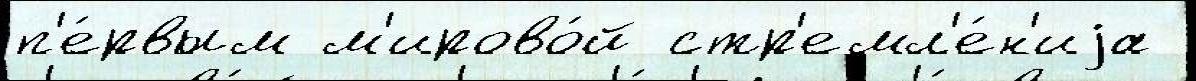
п'е́рвым м'ирово́й стр'емл'е́н'иjа